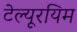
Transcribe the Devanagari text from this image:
टेल्यूरयिम